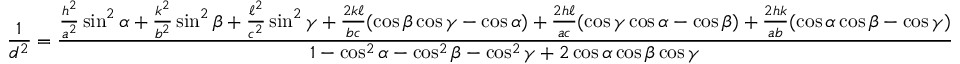
{ \frac { 1 } { d ^ { 2 } } } = { \frac { { \frac { h ^ { 2 } } { a ^ { 2 } } } \sin ^ { 2 } \alpha + { \frac { k ^ { 2 } } { b ^ { 2 } } } \sin ^ { 2 } \beta + { \frac { \ell ^ { 2 } } { c ^ { 2 } } } \sin ^ { 2 } \gamma + { \frac { 2 k \ell } { b c } } ( \cos \beta \cos \gamma - \cos \alpha ) + { \frac { 2 h \ell } { a c } } ( \cos \gamma \cos \alpha - \cos \beta ) + { \frac { 2 h k } { a b } } ( \cos \alpha \cos \beta - \cos \gamma ) } { 1 - \cos ^ { 2 } \alpha - \cos ^ { 2 } \beta - \cos ^ { 2 } \gamma + 2 \cos \alpha \cos \beta \cos \gamma } }